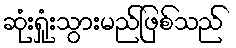
ဆုံးရှုံးသွားမည်ဖြစ်သည်